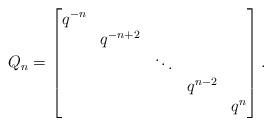
LaTeX: \begin{align*}Q_{n}=\begin{bmatrix}q^{-n}\\ & q^{-n+2}\\ & & \ddots\\ & & & q^{n-2}\\ & & & & q^{n}\end{bmatrix}.\end{align*}